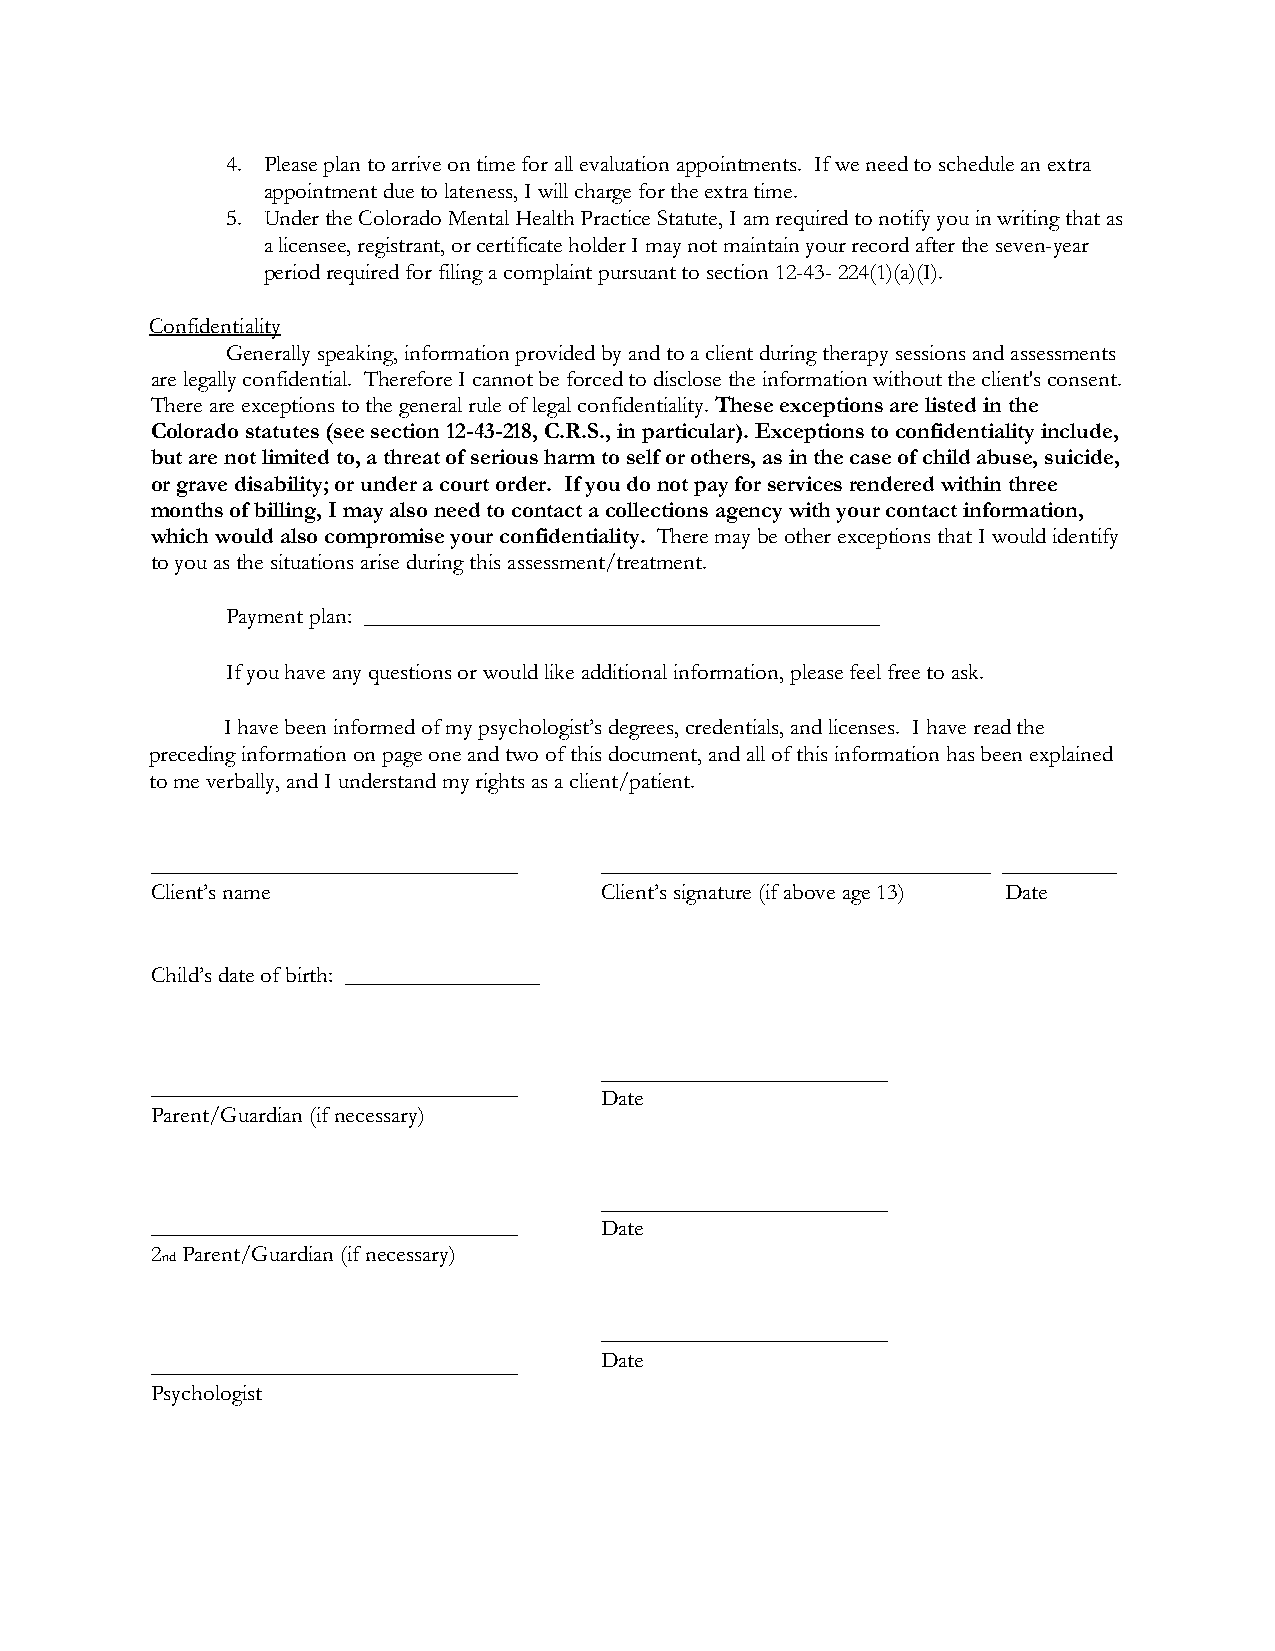
4. Please plan to arrive on time for all evaluation appointments. If we need to schedule an extra
 appointment due to lateness, I will charge for the extra time.
 5. Under the Colorado Mental Health Practice Statute, I am required to notify you in writing that as
 a licensee, registrant, or certificate holder I may not maintain your record after the seven-year
 period required for filing a complaint pursuant to section 12-43- 224(1)(a)(I).
 Confidentiality
 Generally speaking, information provided by and to a client during therapy sessions and assessments
 are legally confidential. Therefore I cannot be forced to disclose the information without the client's consent.
 There are exceptions to the general rule of legal confidentiality. These exceptions are listed in the
 Colorado statutes (see section 12-43-218, C.R.S., in particular). Exceptions to confidentiality include,
 but are not limited to, a threat of serious harm to self or others, as in the case of child abuse, suicide,
 or grave disability; or under a court order. If you do not pay for services rendered within three
 months of billing, I may also need to contact a collections agency with your contact information,
 which would also compromise your confidentiality. There may be other exceptions that I would identify
 to you as the situations arise during this assessment/treatment.
 Payment plan: _____________________________________________
 If you have any questions or would like additional information, please feel free to ask.
 I have been informed of my psychologist’s degrees, credentials, and licenses. I have read the
 preceding information on page one and two of this document, and all of this information has been explained
 to me verbally, and I understand my rights as a client/patient.
 ________________________________ __________________________________ __________
 Client’s name                 Client’s signature (if above age 13) Date
 Child’s date of birth: _________________
 _________________________
 ________________________________
 Date
 Parent/Guardian (if necessary)
 _________________________
 ________________________________ Date
 2 Parent/Guardian (if necessary)
 nd
 _________________________
 ________________________________ Date
 Psychologist